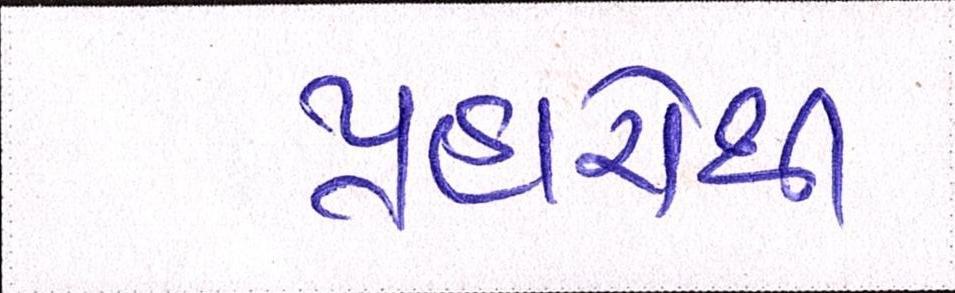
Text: પ્રહારોથી